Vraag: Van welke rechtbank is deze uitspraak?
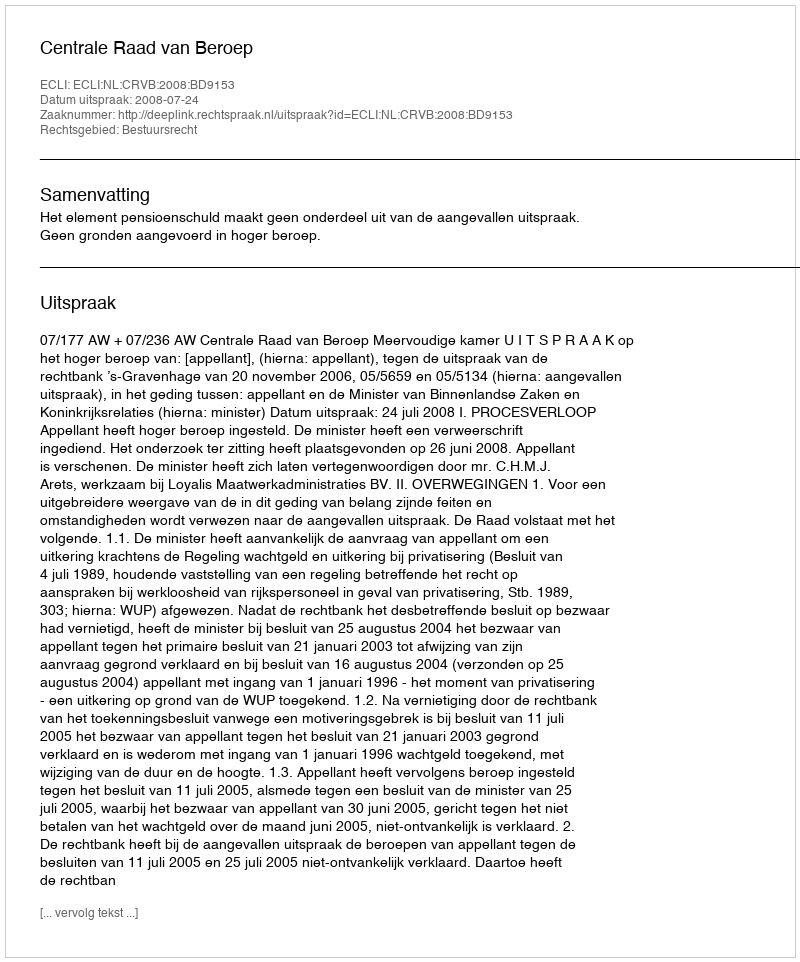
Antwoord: Centrale Raad van Beroep